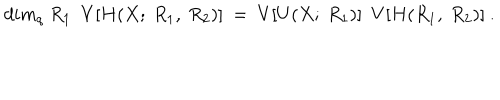
LaTeX: d i m _ { q } ~ R _ { 1 } ~ ~ V [ H ( X ; ~ R _ { 1 } , ~ R _ { 2 } ) ] ~ = ~ V [ U ( X ; ~ R _ { 1 } ) ] ~ ~ V [ H ( R _ { 1 } , ~ R _ { 2 } ) ] ~ .